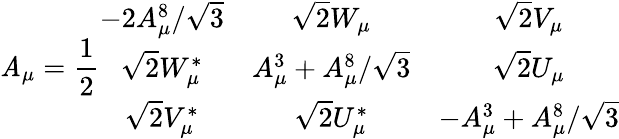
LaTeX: \mathit{A}_{\mu}=\frac{{1}}{{2}}\begin{array}{ccc}{{-2A_{\mu}^{8}/\sqrt{3}}}&{{\sqrt{2}W_{\mu}}}&{{\sqrt{2}V_{\mu}}}\\ {{\sqrt{2}W_{\mu}^{*}}}&{{A_{\mu}^{3}+A_{\mu}^{8}/\sqrt{3}}}&{{\sqrt{2}U_{\mu}}}\\ {{\sqrt{2}V_{\mu}^{*}}}&{{\sqrt{2}U_{\mu}^{*}}}&{{-A_{\mu}^{3}+A_{\mu}^{8}/\sqrt{3}}}\end{array}